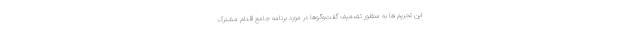
این تحریم ها به منظور تضعیف گفت‌وگوها در مورد برنامه جامع اقدام مشترک